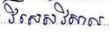
វិសេសវិសាល